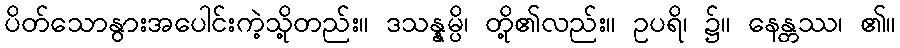
ပိတ်သောနွားအပေါင်းကဲ့သို့တည်း။ ဒသန္နမ္ပိ၊ တို့၏လည်း။ ဥပရိ၊ ၌။ နေန္တဿ၊ ၏။